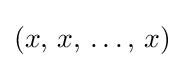
(x,\,x,\,\dots ,\,x)